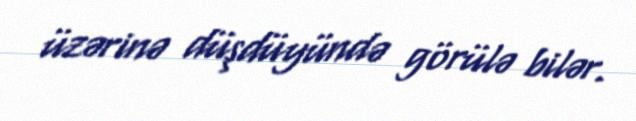
üzərinə düşdüyündə görülə bilər.